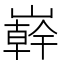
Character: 𭗠